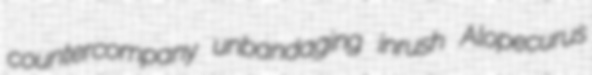
countercompany unbandaging inrush Alopecurus